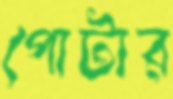
পোটার